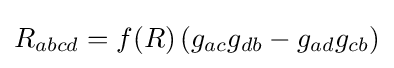
R_{abcd}=f(R)\left(g_{ac}g_{db}-g_{ad}g_{cb}\right)